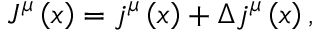
J ^ { \mu } \left( x \right) = j ^ { \mu } \left( x \right) + \Delta j ^ { \mu } \left( x \right) ,